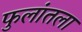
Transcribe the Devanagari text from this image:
फुलांतला